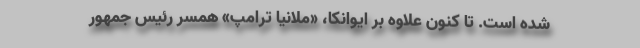
شده است. تا کنون علاوه بر ایوانکا، «ملانیا ترامپ» همسر رئیس جمهور